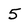
Character: 5